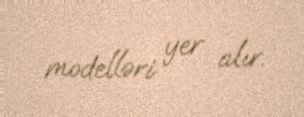
modelləri yer alır.